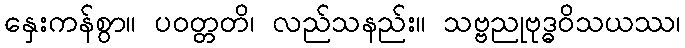
နှေးကန်စွာ။ ပဝတ္တတိ၊ လည်သနည်း။ သဗ္ဗညုဗုဒ္ဓဝိသယဿ၊